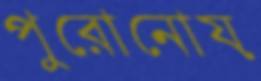
পুরোনোয়